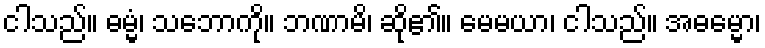
ငါသည်။ ဓမ္မံ၊ သဘောကို။ ဘဏာမိ၊ ဆို၏။ မေမယာ၊ ငါသည်။ အဓမ္မော၊